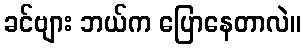
ခင်ဗျား ဘယ်က ပြောနေတာလဲ။